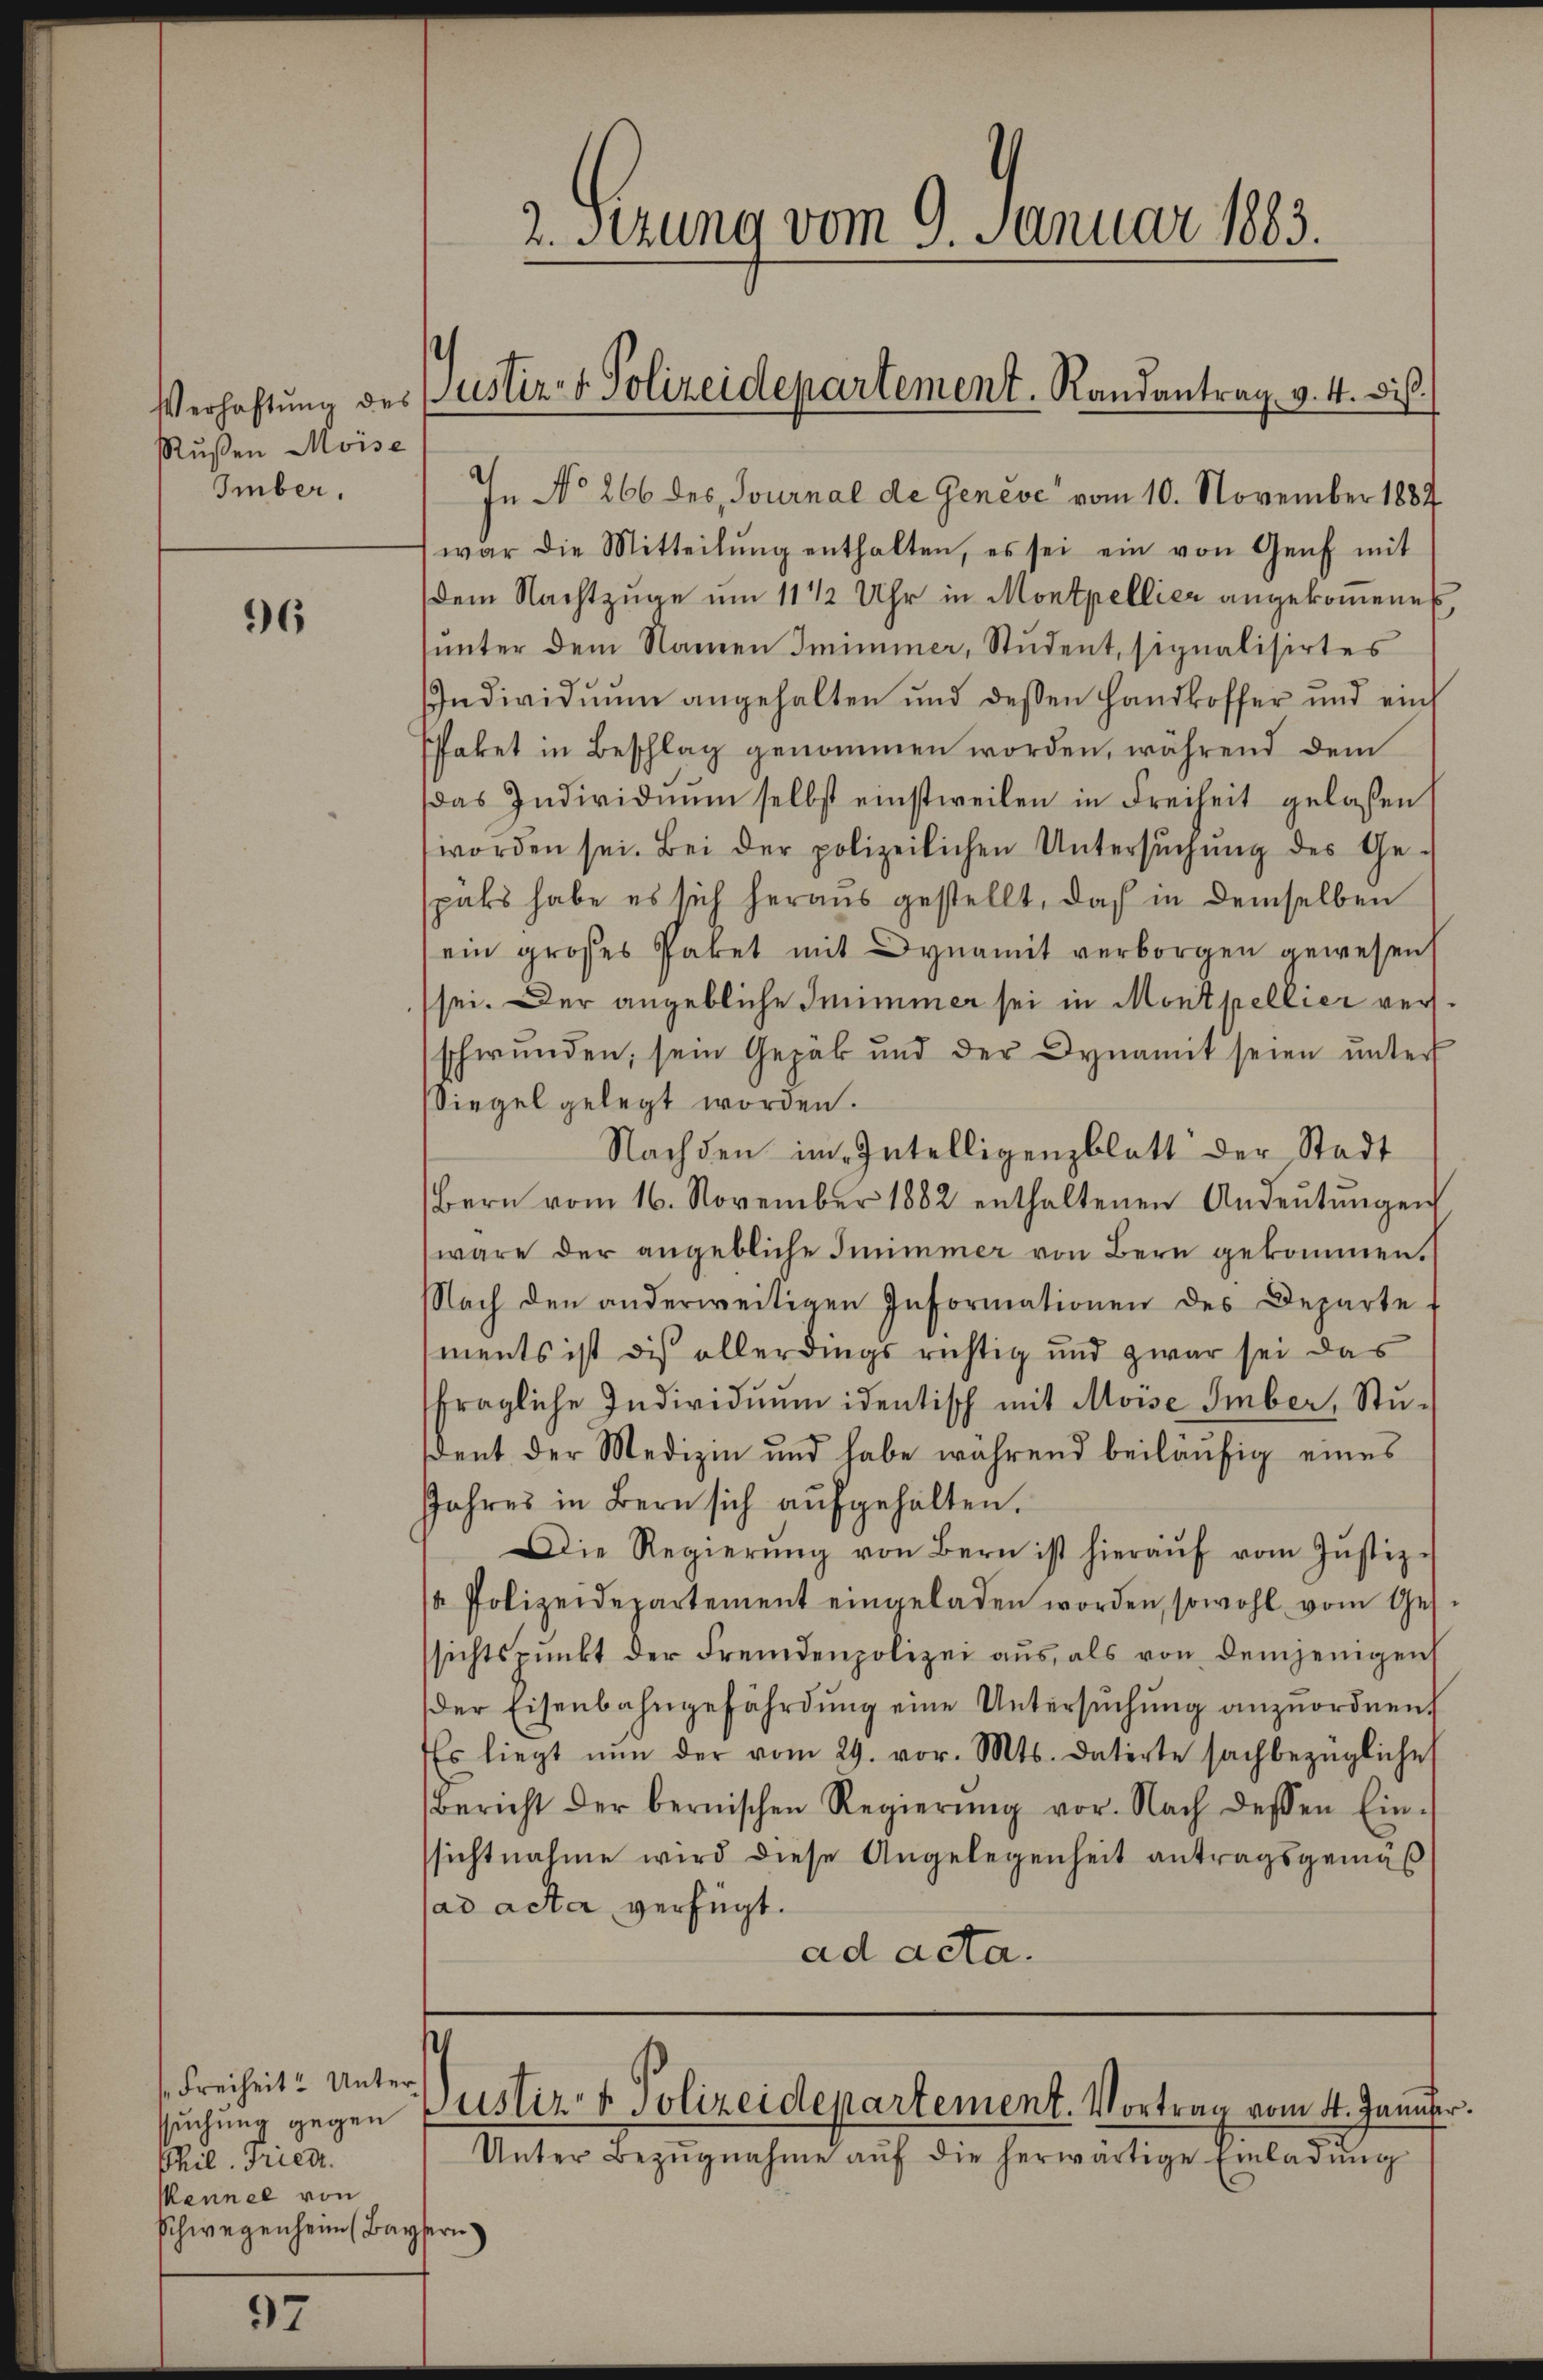
Rußen Moise
Imber,

96

s Freiheit? Unter¬
Phil. Fried.
Mennel von
Schwegenheim (Bayern

97

In No 266 des Journal de Geneve vom 10. November 1887
war die Mitteilŭng enthalten, es sei ein von Genf mit
dem Nachtzuge um 11 1/2 Uhr in Montpellier angekommene
unter dem Namen Imimmer, Student, signalisirtes
Individuum angehalten und dessen Handkoffer und ein
Pffaket in Beschlag genommen worden, während dem
das Individŭŭm selbst einstweilen in Freiheit gelassen
worden sei. Bei der polizeilichen Untersŭchŭng des Ge-
paks habe es sich heraus gestellt, daß in demselben
ein grosses Paket mit Dynamit verborgen gewesen
sei. Der angebliche Imimmer sei in Montpellier versschwunden, sein Gepäk und der Dynamit seien unter
Siegel gelegt worden.
Nachden im Intelligenzblatt der Stadt
Bern vom 16. November 1882 enthaltenen Andeŭtŭngen
wäre der angebliche Inimmer von Bern gekommen.
NNach den anderweitigen Informationen des Departe-
ments ist die allerdings richtig und zwar sei das
fragliche Individuum identisch mit Moise Imber, Student der Medizin und habe während beiläufig eines
Jahres in Bern sich aufgehalten.
Die Regierŭng von Bern ist hieraŭf vom Jŭstiz-
/a Polizeidepartement eingeladen worden, sowohl vom Ges.
sichtspunkt der Fremdenpolizei aus, als von demjenigen
der Eisenbahngefährdŭng eine Untersŭchŭng anzŭordnen.
Es liegt nŭn der vom 29. vor. Mts. datirte sachbezügliche
Bericht der bernischen Regierŭng vor. Nach dessen Ein-
ssichtnahme wird diese Angelegenheit antragsgemäß
sad acta verfügt.
ad acta.

2. sezung vom 9. Januar 1883.

Verhaftung des Justiz- & Polizeidepartement. Randantrag v. 4. Dis

Unter Bezŭgnahme aŭf die herwärtige Einladŭng

sŭchŭng gegen Justiz- & Polizeidepartement. Vortrag vom 4. Januser.